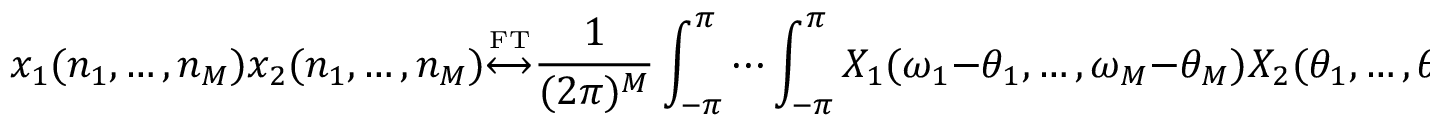
x _ { 1 } ( n _ { 1 } , \ldots , n _ { M } ) x _ { 2 } ( n _ { 1 } , \ldots , n _ { M } ) { \overset { \underset { \mathrm { F T } } { } } { \longleftrightarrow } } { \frac { 1 } { ( 2 \pi ) ^ { M } } } \int _ { - \pi } ^ { \pi } \cdots \int _ { - \pi } ^ { \pi } X _ { 1 } ( \omega _ { 1 } - \theta _ { 1 } , \ldots , \omega _ { M } - \theta _ { M } ) X _ { 2 } ( \theta _ { 1 } , \ldots , \theta _ { M } ) \, d \theta _ { 1 } \cdots d \theta _ { M }